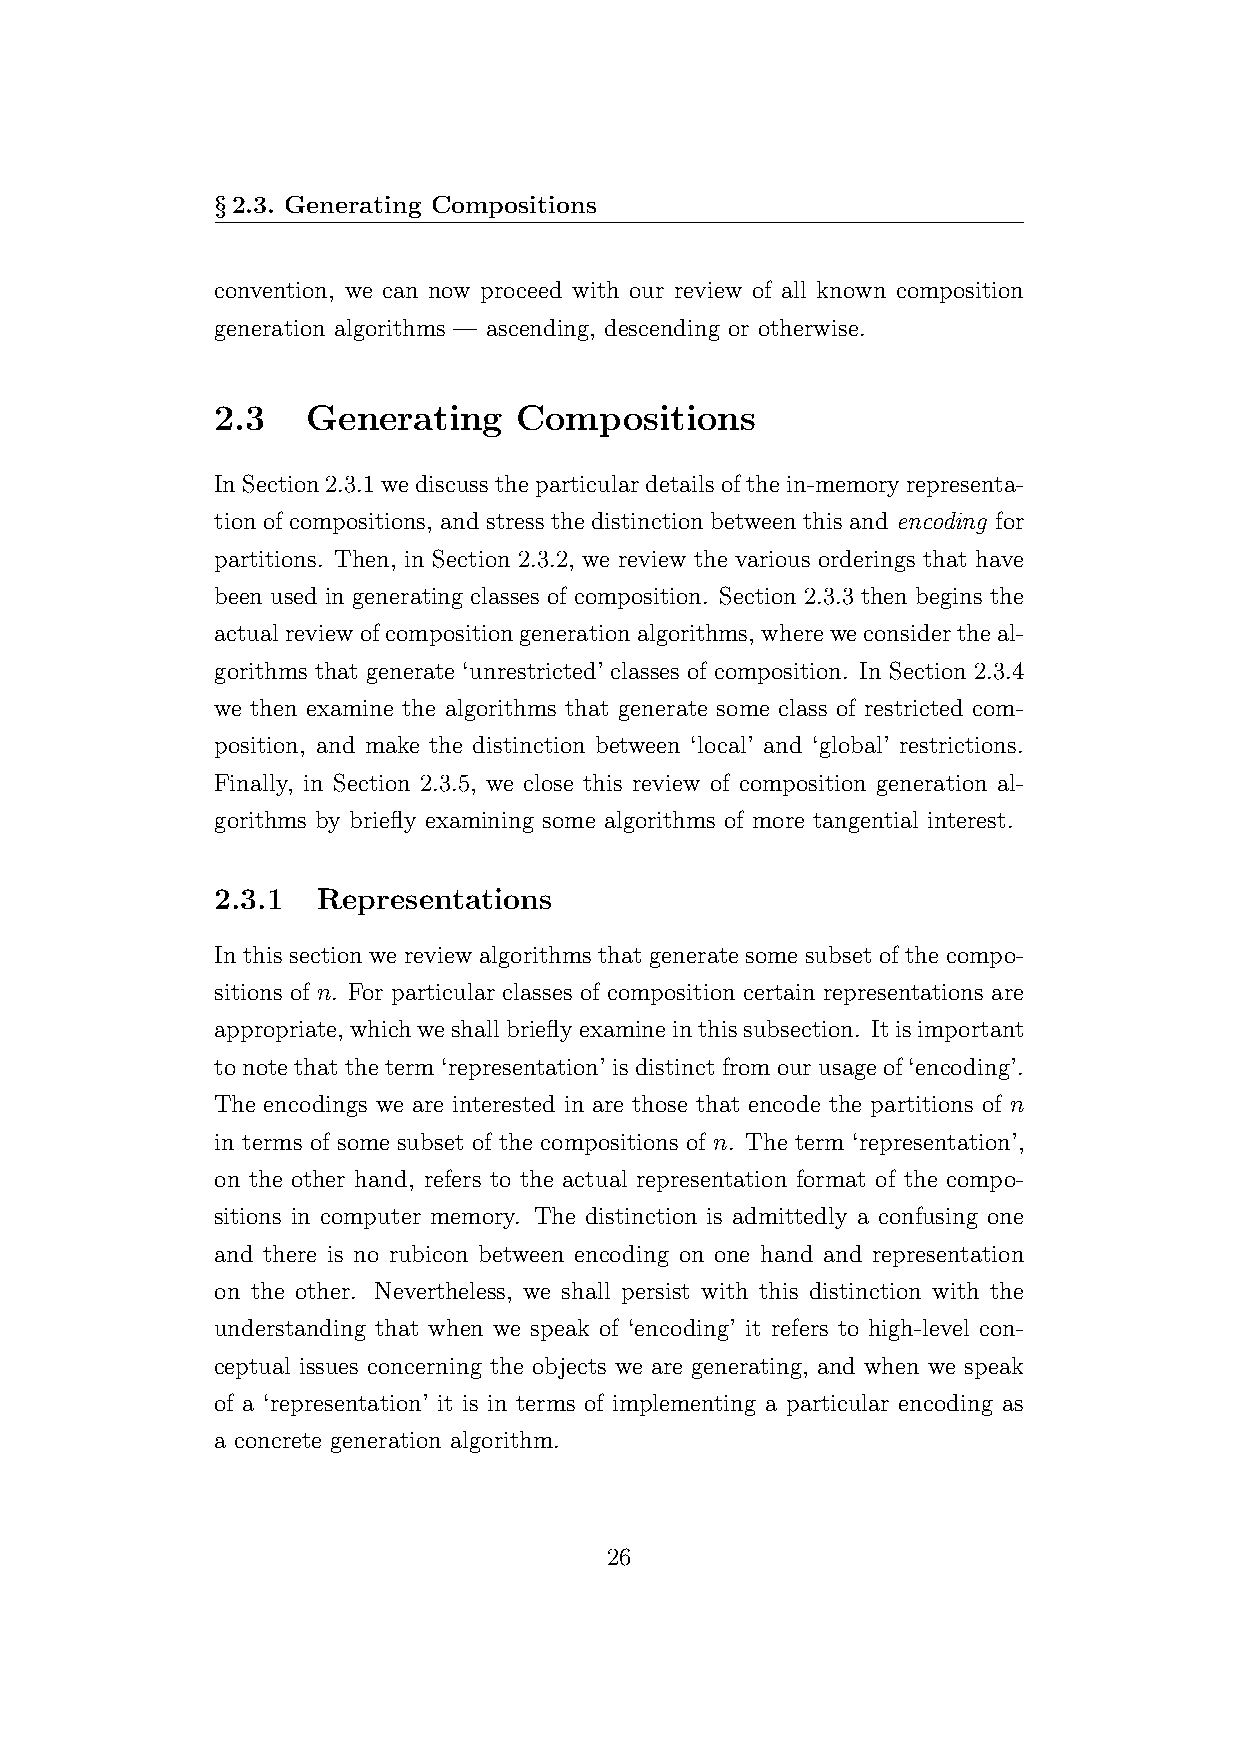
§2.3. Generating Compositions
 convention, we can now proceed with our review of all known composition
 generation algorithms — ascending, descending or otherwise.
 2.3   Generating    Compositions
 InSection2.3.1wediscusstheparticulardetailsofthein-memoryrepresenta-
 tion of compositions, and stress the distinction between this and encoding for
 partitions. Then, in Section 2.3.2, we review the various orderings that have
 been used in generating classes of composition. Section 2.3.3 then begins the
 actualreviewofcompositiongenerationalgorithms, whereweconsidertheal-
 gorithms that generate ‘unrestricted’ classes of composition. In Section 2.3.4
 we then examine the algorithms that generate some class of restricted com-
 position, and make the distinction between ‘local’ and ‘global’ restrictions.
 Finally, in Section 2.3.5, we close this review of composition generation al-
 gorithms by briefly examining some algorithms of more tangential interest.
 2.3.1  Representations
 In this section we review algorithms that generate some subset of the compo-
 sitions of n. For particular classes of composition certain representations are
 appropriate, whichweshallbrieflyexamineinthissubsection. Itisimportant
 tonotethattheterm‘representation’isdistinctfromourusageof‘encoding’.
 The encodings we are interested in are those that encode the partitions of n
 in terms of some subset of the compositions of n. The term ‘representation’,
 on the other hand, refers to the actual representation format of the compo-
 sitions in computer memory. The distinction is admittedly a confusing one
 and there is no rubicon between encoding on one hand and representation
 on the other. Nevertheless, we shall persist with this distinction with the
 understanding that when we speak of ‘encoding’ it refers to high-level con-
 ceptual issues concerning the objects we are generating, and when we speak
 of a ‘representation’ it is in terms of implementing a particular encoding as
 a concrete generation algorithm.
 26